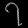
Digit: ၇